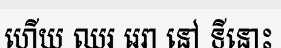
ហើយ ឈរ រេរា នៅ ទីនោះ